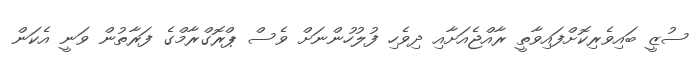
ސުޒީ ބައިވެރިކޮށްފައިވާތީ ރާއްޖެއަށާއި ދިވެހި ފުލުހުންނަށް ވެސް ޕްރޮގްރާމްގެ ފަރާތުން ވަނީ އެކަން